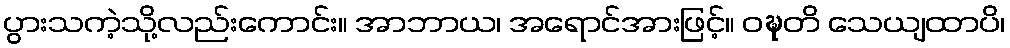
ပွားသကဲ့သို့လည်းကောင်း။ အာဘာယ၊ အရောင်အားဖြင့်။ ဝဍ္ဎတိ သေယျထာပိ၊